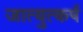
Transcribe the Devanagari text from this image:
जात्युत्कर्ष